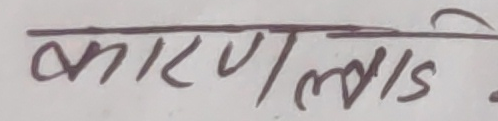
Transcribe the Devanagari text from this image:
कारणलाड